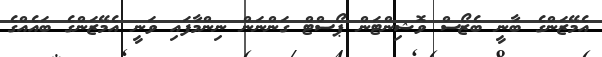
އެމޭޒަންގެ ބާނީ ބެޒޯސް ވޮޝިންޓަން ޕޯސްޓް ގަންނަން ނިންމާފައި ވަނީ އެމޭޒަންގެ ބައެއްގެ